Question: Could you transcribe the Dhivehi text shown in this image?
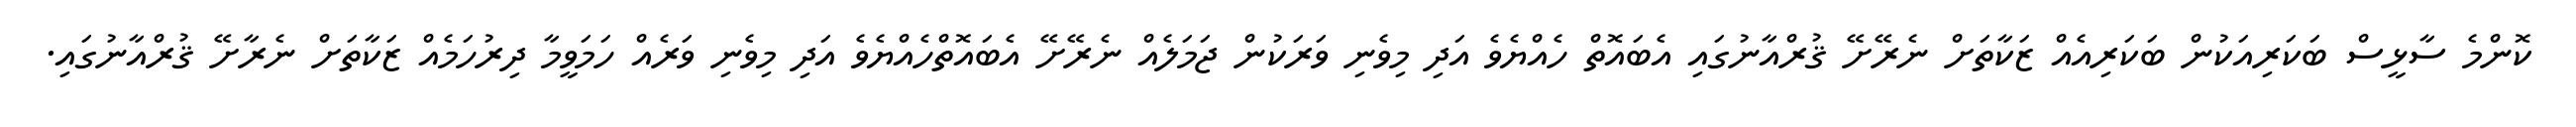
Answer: ކޮންމެ ސާޅީސް ބަކަރިއަކުން ބަކަރިއެއް ޒަކާތަށް ނެރޭށޭ ޤުރްއާނުގައި އެބައޮތް ހެއްޔެވެ އަދި މިވެނި ވަރަކުން ޖަމަލެއް ނެރޭށޭ އެބައޮތްހެއްޔެވެ އަދި މިވެނި ވަރެއް ހަމަވީމާ ދިރުހަމެއް ޒަކާތަށް ނެރާށޭ ޤުރްއާނުގައި.